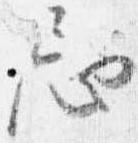
忌